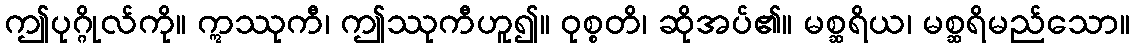
ဤပုဂ္ဂိုလ်ကို။ ဣဿုကီ၊ ဤဿုကီဟူ၍။ ဝုစ္စတိ၊ ဆိုအပ်၏။ မစ္ဆရိယ၊ မစ္ဆရိမည်သော။